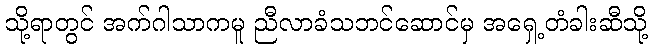
သို့ရာတွင် အက်ဂါသာကမူ ညီလာခံသဘင်ဆောင်မှ အရှေ့တံခါးဆီသို့